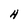
Character: H